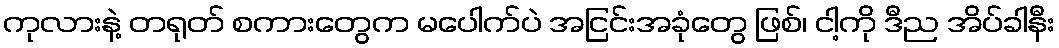
ကုလားနဲ့ တရုတ် စကားတွေက မပေါက်ပဲ အငြင်းအခုံတွေ ဖြစ်၊ ငါ့ကို ဒီည အိပ်ခါနီး